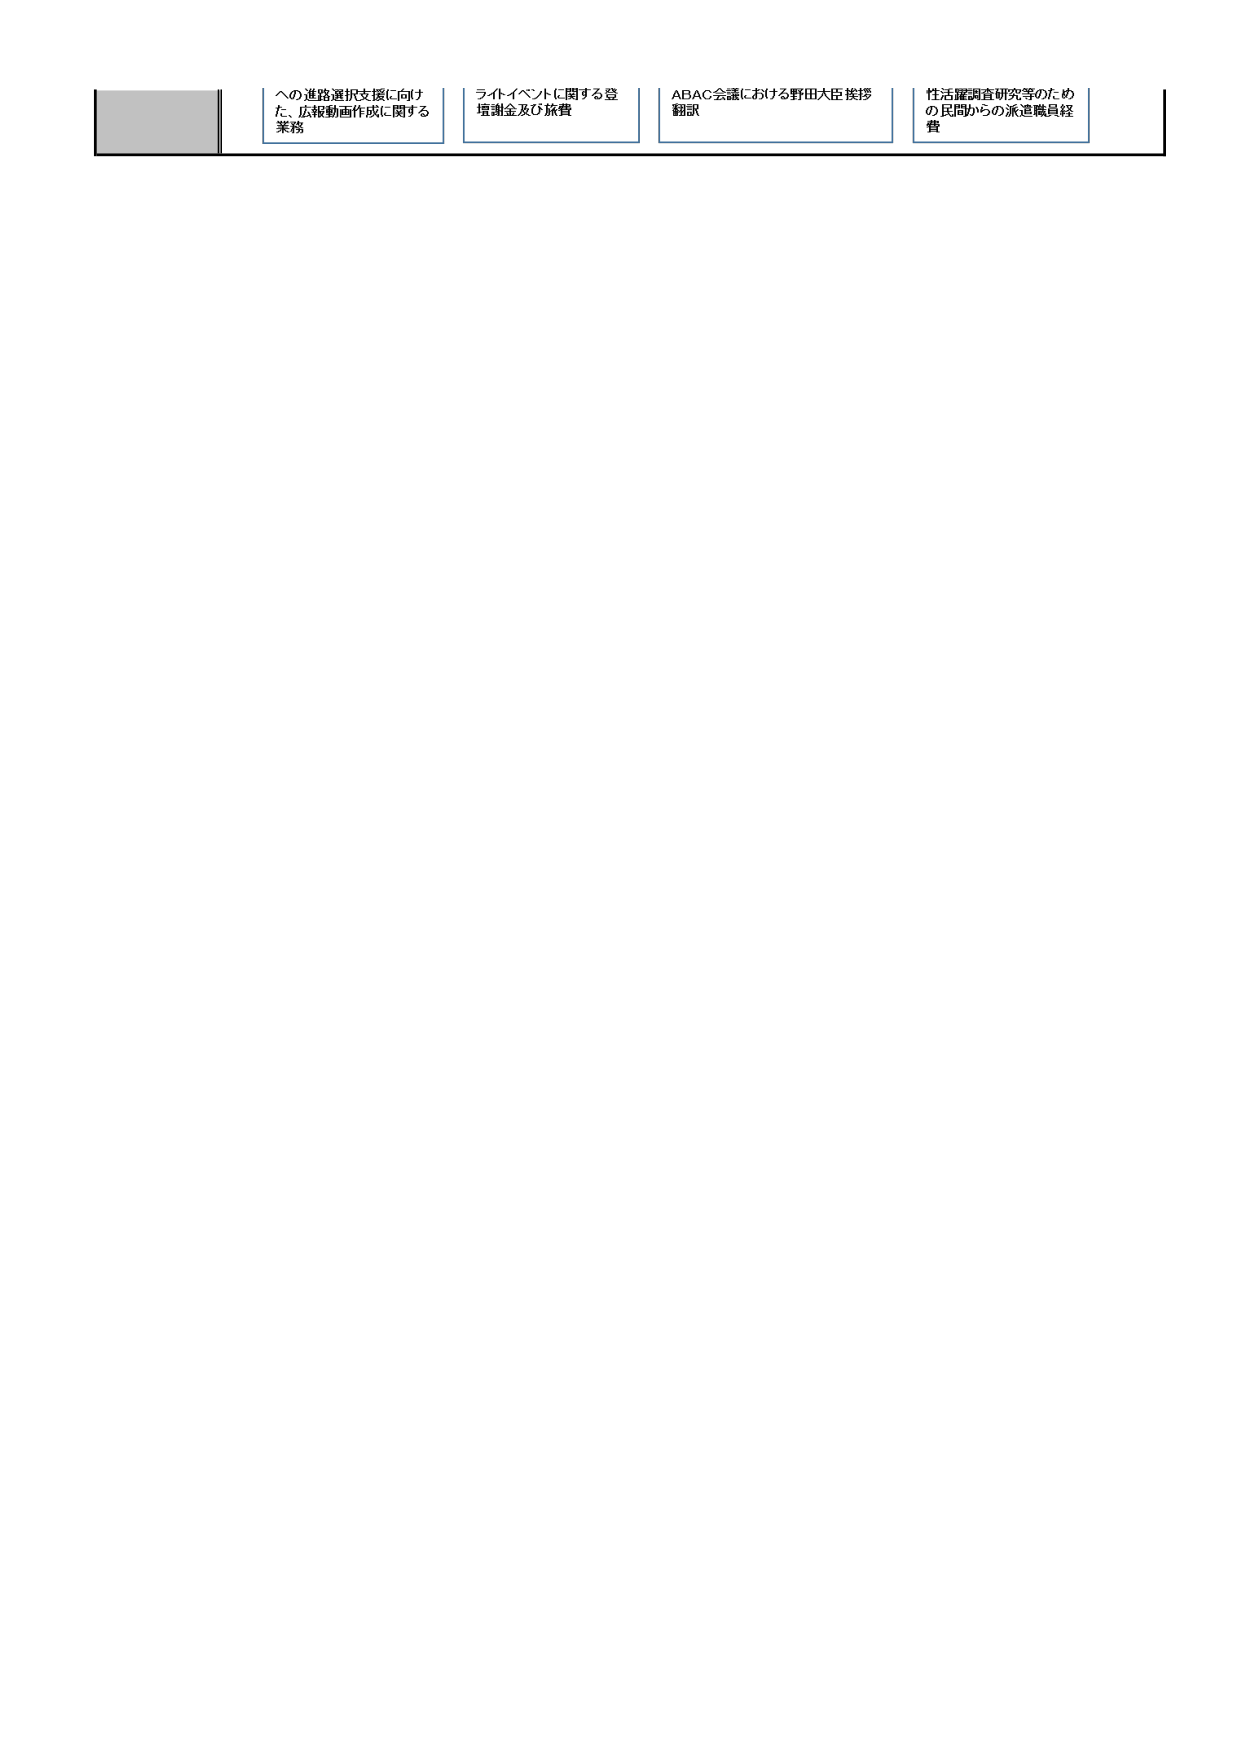
への進路選択支援に向け
た、広報動画作成に関する
業務

ライトイベントに関する登
壇謝金及び旅費

ABAC会議における野田大臣接拶
翻訳

性活躍調査研究等のため
の民間からの派遣職員経
費